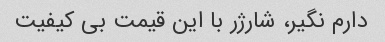
دارم نگیر، شارژر با این قیمت بی کیفیت